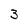
Character: 3